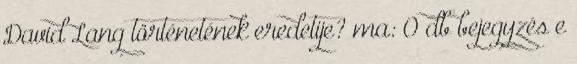
David Lang történetének eredetije? ma: 0 db bejegyzés e